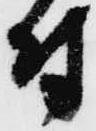
付